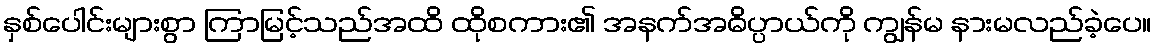
နှစ်ပေါင်းများစွာ ကြာမြင့်သည်အထိ ထိုစကား၏ အနက်အဓိပ္ပာယ်ကို ကျွန်မ နားမလည်ခဲ့ပေ။